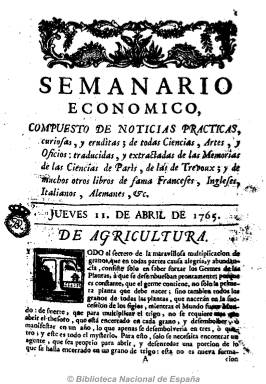
Título: Semanario económico (Madrid)
Colección: Periódicos anteriores a 1850 || Economía
Ámbito geográfico: Madrid
Lugar de publicación: Madrid
Fechas: 11/04/1765-25/06/1778

“Compuesto de noticias prácticas, curiosas y eruditas, de todas ciencias, artes y oficios, traducidas y extractadas de las memorias de las ciencias de París, de las de Trevoux, y de muchos otros libros de fama franceses, ingleses, italianos, alemanes, etc.”, tal como se señala en su cabecera, es considerado como el primer ejemplo de prensa económica española. Fundado y escrito por Pedro Araus, anagrama de Pedro Saura y Vicen, es un claro prototipo de periodismo ilustrado, dedicado a la divulgación de los conocimientos científico-prácticos y adelantos técnicos y al fomento del trabajo agrícola y artesanal y a la mejora de la industria y el comercio.

Cada número comienza con un artículo generalmente consagrado a la agricultura, y le siguen otros sobre alfarería, platería, pesca, pintura, confitería, ganadería, vidriería, cartonería, armería, panadería, economía doméstica, medicina, química industrial, técnicas manufactureras, comercio internacional, etc.  Aunque, en general, son resúmenes traducidos de tratados aparecidos en las grandes publicaciones de carácter científico y técnico que se publican en diversos países europeos, incluye también una sección de noticias literarias, para dar cuenta de las novedades bibliográficas, y a partir del número 188 otra sección especie de consultorio en el que aparecen “cartas con dudas” de los lectores, así como apuntes de sociología o política sobre las doctrinas de David Hume o Montesquieu, lo que resalta la mentalidad ilustrada, aunque modesta, de su autor.

Dejará de publicarse a partir de 1767, por enfermedad y posterior fallecimiento de Pedro Saura, y en 1777 reaparece, en esta ocasión dirigido por Juan Viceu, anagrama de Juan Cubié, durando sólo un año. Al final de cada tomo publica un índice. Semanal (salía los jueves) y de ocho páginas y paginación continuada, prototipo de la prensa del último tercio del dieciocho español, fue impreso en su primera época por Andrés Ramírez y, en la segunda, por Pantaleón Aznar.